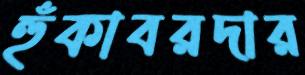
হুঁকাবরদার